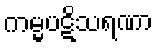
ကမ္မပဋိသရဏာ